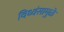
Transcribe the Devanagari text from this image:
विध्वंसामुळे